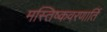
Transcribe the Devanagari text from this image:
मस्तिष्कवरणार्ति